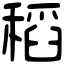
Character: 稻